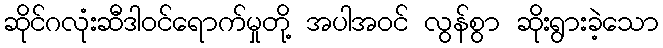
ဆိုင်ဂလုံးဆီဒါဝင်ရောက်မှုတို့ အပါအဝင် လွန်စွာ ဆိုးရွားခဲ့သော